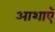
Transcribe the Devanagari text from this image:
आशाऍ